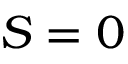
S = 0